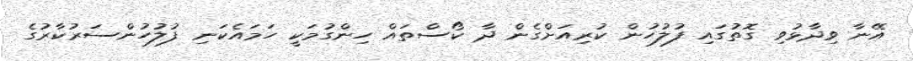
އޭނާ ވިދާޅުވި ގޮތުގައި ފުލުހުން ކުރިއަށްގެން ދާ ކޯސްތައް ހިންގުމަކީ ހަމައެކަނި ފުލުހުންސަރުކާރުގެ